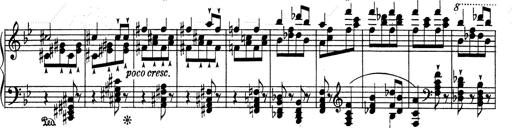
Title: RÃ©miniscences de Don Juan
Composer: Franz Liszt